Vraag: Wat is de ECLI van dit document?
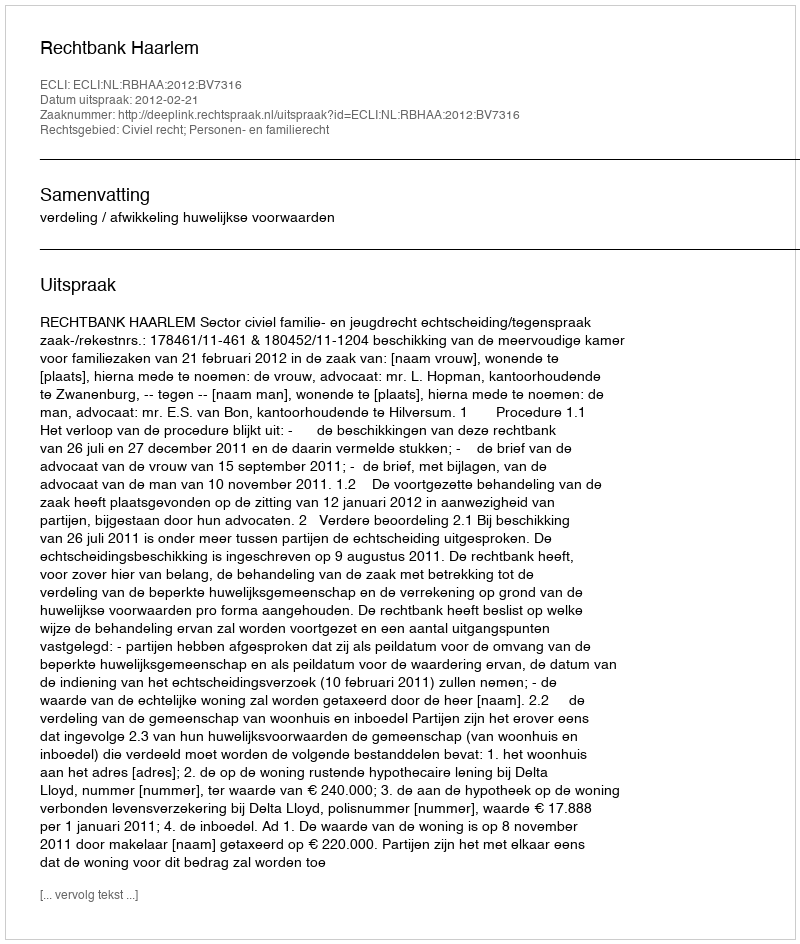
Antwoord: ECLI:NL:RBHAA:2012:BV7316